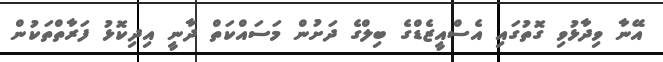
އޭނާ ވިދާޅުވި ގޮތުގައި އެސްއީޒެޑްގެ ބިލްގެ ދަށުން މަސައްކަތް ދާނީ އިދިކޮޅު ފަރާތްތަކުން